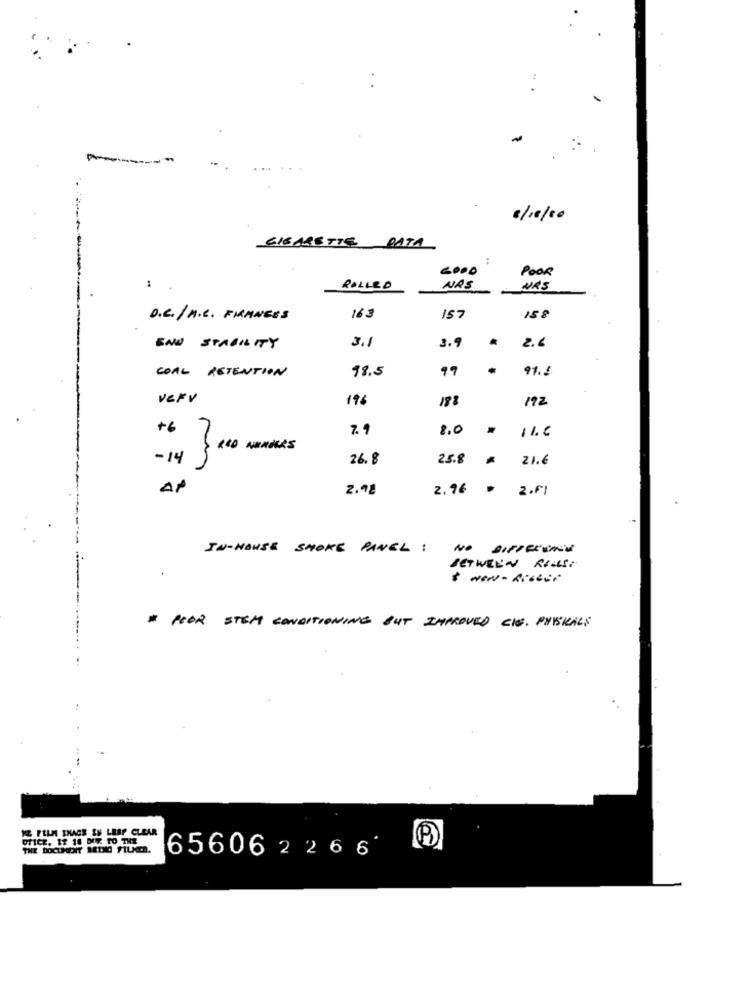
8/10/20
CIGARETTE PATA
GOOD
POOR
..
ROLLED
NAS
URS
D.C. / A.C. FRANCES
163
IST
158
3.1
END STABILITY
3.9
2.
18.5
99
91. 1
COAL RETENTION
VEFV
19
188
192
+6
7.9
2.0
11.6
$ 100 wanders
-14
26. 8
25.8
21.6
AP
2.98
2.76
2.61
IN-HOUSE SMOKE PANEL :
BETWEEN RICIT
wow-kicsit
" POOR STEM CONDITIONING BUT IMPROVED CIS. PHYSICALS
KE FILM SHACK ES LEAP CLEAR
OTICE. 18 18 DIE TO THE
THE DOCUMENT MEINE FILMED.
65606 2 2 6 6